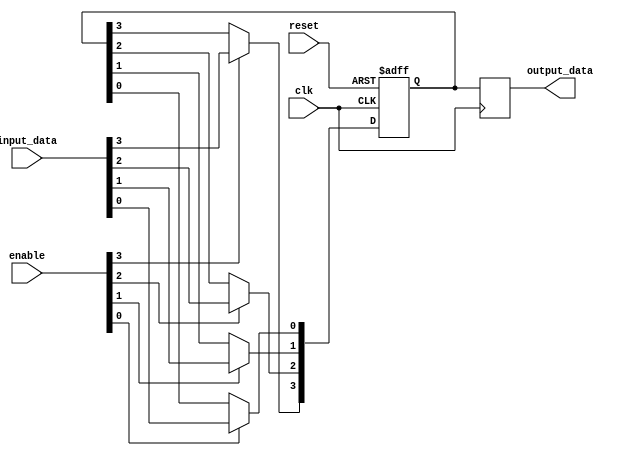
module Bypass_Register (
    input wire clk,
    input wire reset,
    input wire [3:0] enable,
    input wire [3:0] input_data,
    output reg [3:0] output_data
);

reg [3:0] reg_data;

always @(posedge clk or posedge reset) begin
    if (reset) begin
        reg_data <= 4'b0;
    end else begin
        if (enable[0]) begin
            reg_data[0] <= input_data[0];
        end
        if (enable[1]) begin
            reg_data[1] <= input_data[1];
        end
        if (enable[2]) begin
            reg_data[2] <= input_data[2];
        end
        if (enable[3]) begin
            reg_data[3] <= input_data[3];
        end
    end
end

always @(posedge clk) begin
    output_data <= reg_data;
end

endmodule